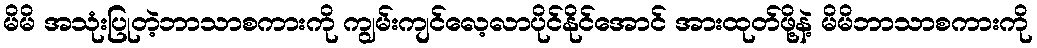
မိမိ အသုံးပြုတဲ့ဘာသာစကားကို ကျွမ်းကျင်လေ့လာပိုင်နိုင်အောင် အားထုတ်ဖို့နဲ့ မိမိဘာသာစကားကို